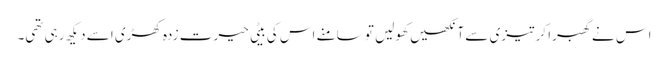
اس نے گھبرا کر تیزی سے آنکھیں کھولیں تو سامنے اس کی بیٹی حیرت زدہ کھڑی اسے دیکھ رہی تھی۔